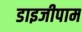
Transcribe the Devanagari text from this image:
डाइजीपाम